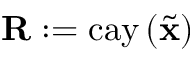
\mathbf { R } : = \mathrm { c a y } \left( \tilde { \mathbf { x } } \right)